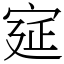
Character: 㝚